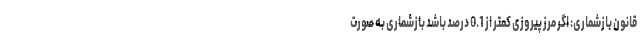
قانون بازشماری: اگر مرز پیروزی کمتر از 0.1 درصد باشد بازشماری به صورت